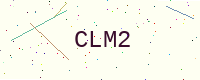
Text: CLM2